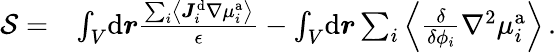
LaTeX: \begin{array}{rl}{\mathcal{S}=}&{\int_{V}\! \mathrm{d}\boldsymbol{r}\frac{\sum_{i}\left\langle\boldsymbol{J}_{i}^{\mathrm{d}}\nabla{\mu}_{i}^{\mathrm{a}}\right\rangle}{\epsilon}-\int_{V}\! \mathrm{d}\boldsymbol{r}\sum_{i}\left\langle\frac{\delta}{\delta{\phi_{i}}}\nabla^{2}\mu_{i}^{\mathrm{a}}\right\rangle\, .}\end{array}